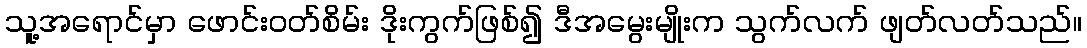
သူ့အရောင်မှာ ဖောင်းဝတ်စိမ်း ဒိုးကွက်ဖြစ်၍ ဒီအမွေးမျိုးက သွက်လက် ဖျတ်လတ်သည်။